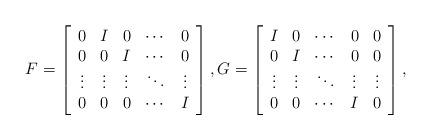
LaTeX: \begin{align*}F = \left[\begin{array}{ccccc} 0 & I & 0 & \cdots & 0 \\0 & 0 & I & \cdots & 0 \\\vdots & \vdots & \vdots & \ddots & \vdots \\0 & 0 & 0 & \cdots & I \end{array}\right], G = \left[\begin{array}{ccccc} I & 0 & \cdots & 0 & 0\\0 & I & \cdots & 0 & 0 \\\vdots & \vdots & \ddots & \vdots & \vdots \\0 & 0 & \cdots & I & 0 \end{array}\right],\end{align*}